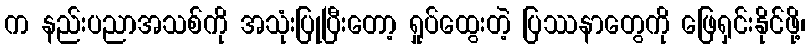
က နည်းပညာအသစ်ကို အသုံးပြုပြီးတော့ ရှုပ်ထွေးတဲ့ ပြဿနာတွေကို ဖြေရှင်းနိုင်ဖို့၊